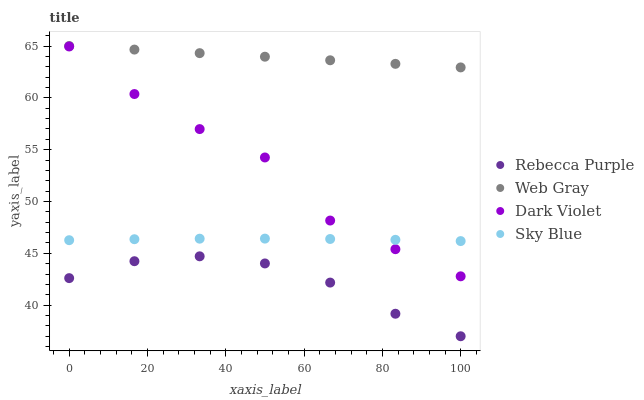
| xaxis_label | Rebecca Purple | Web Gray | Dark Violet | Sky Blue |
 | --- | --- | --- | --- | --- |
 | 0 | 42.6 | 65 | 65 | 46.3 |
 | 16.7 | 44.2 | 64.7 | 60.4 | 46.4 |
 | 33.3 | 44.7 | 64.3 | 57 | 46.4 |
 | 50 | 44 | 64 | 54.2 | 46.4 |
 | 66.7 | 42.2 | 63.6 | 48.2 | 46.4 |
 | 83.3 | 39.2 | 63.3 | 45.4 | 46.3 |
 | 100 | 37 | 62.9 | 42.8 | 46.2 |